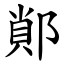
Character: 䣔